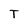
Character: T